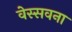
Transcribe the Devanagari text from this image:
वेस्सवना